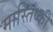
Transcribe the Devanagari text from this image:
मास्तिष्की